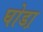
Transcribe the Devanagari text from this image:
घोडा़